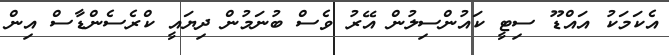
އެކަމަކު އައްޑޫ ސިޓީ ކައުންސިލުން އޭރު ވެސް ބުނަމުން ދިޔައީ ކްރެސެންޑާސް އިން